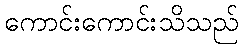
ကောင်းကောင်းသိသည်